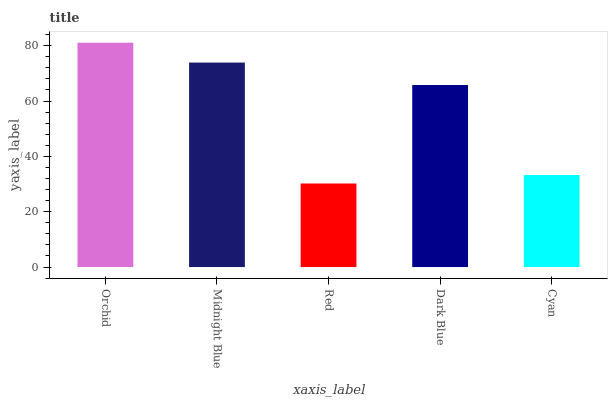
| xaxis_label | bars |
 | --- | --- |
 | Orchid | 81.1 |
 | Midnight Blue | 73.9 |
 | Red | 30.2 |
 | Dark Blue | 65.8 |
 | Cyan | 33.3 |